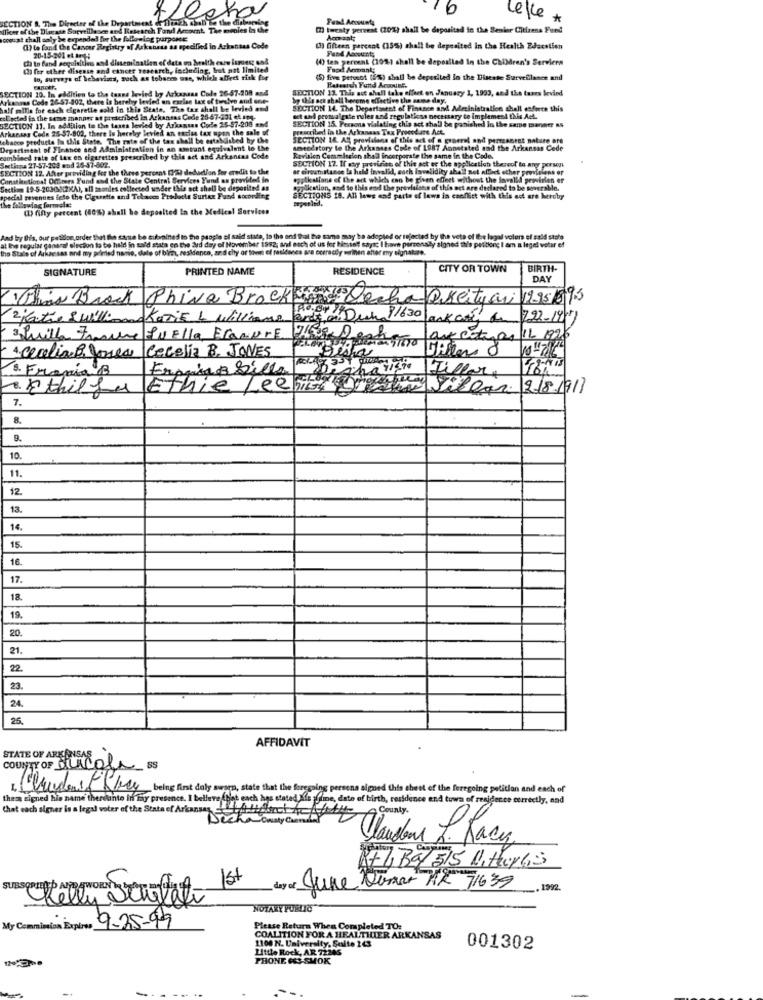
CCTION B. The Director of the Department of 7)rozh ahah
the dish
Fand Accounts
lefle *
Tier of the Disease Surveillesee and Research Fund Account. The me
[7] twenty percent (10%) shall be deposited in the Senior Citizens Fund
wat chall saly be erpended for the following purport
Accant;
(1) to fand the Cancer Registry of Arkansas as specified in Arkansas Code
() fifteen percent (15%) shall be deposited in the Health Education
Fund Account;
Chi to fand sequisitio and dissemination of data on health esto loroest und
20-15-201 et aryl;
(1) ten percent (101) shall be deposited In the ChiMren's Serviern
( for ether disense and cancer research, including, but not limited
Food Armant:
to, surveys of bebavises, such as tobaces use, which affect risk for
W) five percent (5%) shall be deposited In the Disease Surveillance and
LECTION 10. In addition to the taand levied by Arkansas Code 36-57-208 and
SECTION 13. This act shall take effect on January 1, 1993, and the taxes bevind
Rateorch Fund Accounts
Arkansas Code 26-57-802, there Is hereby levied an carise tax of twelve and one-
by this ack shall become effective the same day.
half millie for each cigarette cold in this State, The tax shall be levied and
SECTION 14. The Departament of Finance and Administration shall enforce this
collected in the sense manner at prescribed in Arkansas Code 25-57-201 et arn.
SECTION 11. In addition to the taxes levied by Arkansas Code 25-57-208 and
ict and promalgate rules and regulatkiss necessary to Implement this Act.
Arkansas Cod. 25-57-802, there Is hereby levied an excise tax upon the sale of
prescribed in the Arkanaas Tax Procedure Act.
SECTION 15. Persons vialating this act shall be punished lo the same manner as
ichacco products fa this State. The rate of the tox shall be established by the
SECTION 14. Alt provisions of this act of a general and permanent nature are
Department of Finance and Administration in an amount equivalent to the
Amseodstory to the Arkansas Code of 1987 Annotated and the Arkansas Cede
combined rate of Lex en cigarettes prescribed by this act and Arkansas Code
Seetkina 27-57-204 mnd 25-57-802.
SECTION 17. If chy previcine of this act er the application thereof to any porsogt
Revision Commission shall incorporate the same in the Cado.
SECTION 12. After providing for the these percent (29) debadion for credit to the
ar circumstance la held invalid, such larvalidity shall not affect other provisions or
Conathetional Officers Yund and the State Central Services Yund as provited in
egyikallons of the art which can be given effect without the invalld provinien or
Section 19-5-20309(2KA1, all maandles collected under this act shall be deposited
gpikation, and to this end the provisions of this act are declared to be soverable.
special revenues feto the Cigarette and Telances Products Surtax Fund socording
the following formelt
SECTIONS 18. All laws and parte of laws in conflict with this ad are hereby
mepenled.
(1) fifty percent (80%) ahall be deposited in the Medical Services
And by Bis, our petition,order that the santa be subined to the people el said stata, In the and that the sama may be adopted or rejected by the veta of the legal volors ef said stato
at the regular ganaral election to be held in said stata en the ard day of November 1982; and each of us fer himself sayt I have personaly signed th's petitlong I am a legel votar ef
State of Ar
as and my printed name, date of blin, residence, ard chy or toves of residanes ans correctly wirinen after my signature.
SIGNATURE
PRINTED NAME
RESIDENCE
CITY OR TOWN
BIRTH-
DAY
This Brock Phiva Brockton Decha Pscityari 1995/1995
2 Katie Swill Katie & Williams
4.04. Duck 91630
ark ane
792-197
3 Quilla Francese
Quella FlamurE
aux cotips 11 1926
Cecelia B. JONES
4. cealia& Jones
8. Frania B
Framing bille
Tillar
8. Ithil fer
Ethie Leeboy
Silear
218-1917
7.
8
9.
10.
11.
12.
13.
14.
15.
16.
17.
18
19.
20.
21.
22
23.
24.
25.
AFFIDAVIT
STATE OF ARKANSAS
COUNTY OF Purcola Ss
skry being first dely sworn, state that the foregoing persona algoed this sheet of the foregoing petition and each of
these signed his name thereinte in fig presence. I believe that each hgs stated Kle sffime, date of birth, residence end town of residence correctly, and
that each signer is a legal voter of the Stata ef Arkansas,
Dechan Onaty Cuando
County.
Claudans L. Race
R+7, Ba 315 Nithereis
1st
day of June Dersar AR 71639
.1992.
NOTARY PUBLIC
My Commission Explose 9-25-99
Please Return When Completed TO:
COALITION FOR A HEALTHIER ARKANSAS
1100 N. University, Suite 243
Little Rock, AR 72245
001302
PHONE OS-SMOK